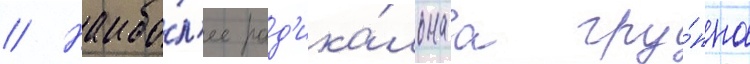
// Наибо́л'ее рад'ика́льнаа гру́ппа